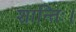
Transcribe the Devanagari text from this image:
शान्तिः।